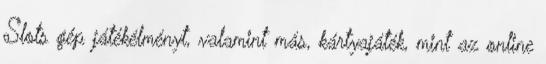
Slots gép játékélményt, valamint más, kártyajáték, mint az online